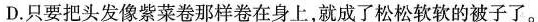
D.只要把头发像紫菜卷那样卷在身上，就成了松松软软的被子了。